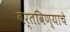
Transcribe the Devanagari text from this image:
वर्तविण्याचे